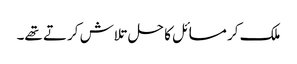
ملک کر مسائل کا حل تلاش کرتے تھے۔